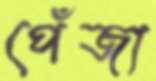
পেঁজা